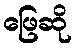
ဖြေဆို